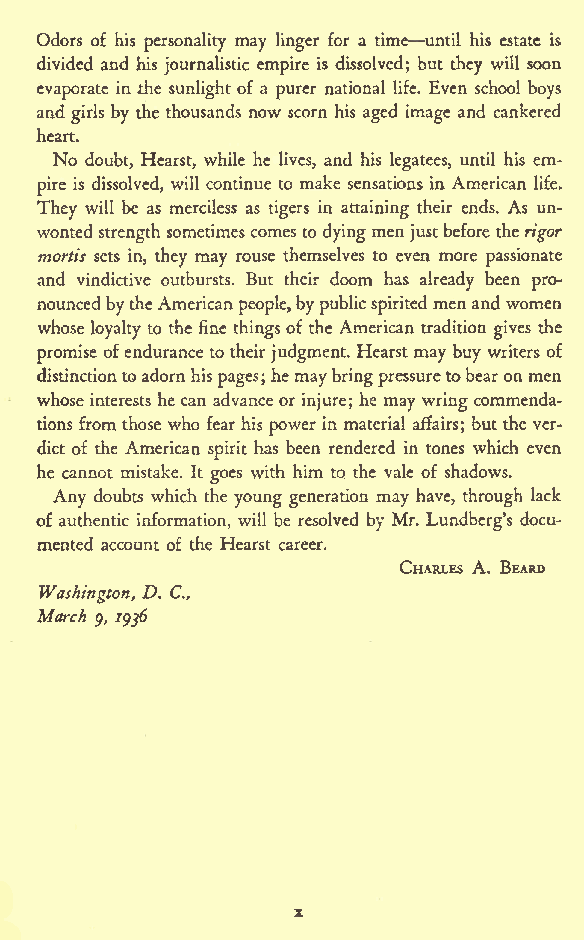
Odors of his personality may linger for a time until his estate is
 divided and his journalistic empire is dissolved; but they will soon
 evaporate in the sunlight of a purer national life. Even school boys
 and girls by the thousands now scorn his aged image and cankered
 heart.
 No doubt, Hearst, while he lives, and his legatees, until his em-
 pire is dissolved, will continue to make sensations in American life.
 They will be as merciless as tigers in attaining their ends. As un-
 wonted strength sometimescomes to dyingmen justbefore therigor
 mortis sets in, they may rouse themselves to even more passionate
 and vindictive outbursts. But their doom has already been pro-
 nouncedbytheAmerican people,bypublicspiritedmenand women
 whose loyalty to the fine thingsof the American tradition gives the
 promise ofendurance totheirjudgment. Hearst may buy writers of
 distinctiontoadornhispages;hemaybringpressuretobearonmen
 whose interests he can advance or injure; he may wring commenda-
 tions fromthose who fear his power in material affairs; but the ver-
 dict of the American spirit has been rendered in tones which even
 he cannot mistake. It goes with him to the vale of shadows.
 Any doubts which the young generation may have, through lack
 of authentic information, will be resolved by Mr. Lundberg's docu-
 mented account of the Hearst career.
 CHARLES A. BEARD
 Washington, D. C.,
 March
 9, 1936